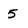
Character: 5